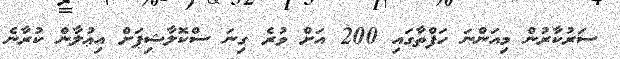
ސަރުކާރުން މިއަންނަ ހަފްތާގައި 200 އަށް ވުރެ ގިނަ ސްކޮލާޝިޕަށް އިޢުލާން ކުރާނެ